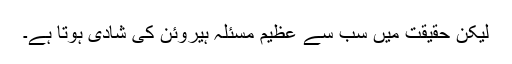
لیکن حقیقت میں سب سے عظیم مسئلہ ہیروئن کی شادی ہوتا ہے۔